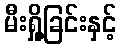
မီးရှို့ခြင်းနှင့်